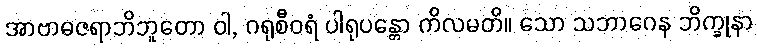
အာဗာဓဇရာဘိဘူတော ဝါ, ဂရုစီဝရံ ပါရုပန္တော ကိလမတိ။ သော သဘာဂေန ဘိက္ခုနာ